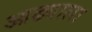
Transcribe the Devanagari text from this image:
आढ्याला